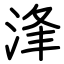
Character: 浲